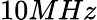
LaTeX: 10MHz